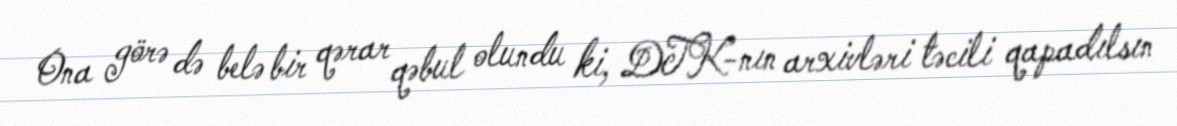
Ona görə də belə bir qərar qəbul olundu ki, DTK-nın arxivləri təcili qapadılsın